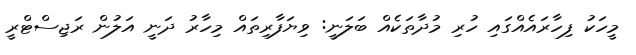
މީހަކު ފިހާރައެއްގައި ހުރި މުދާތަކެއް ބަލަނީ: ވިޔަފާރިތައް މިހާރު ދަނީ އަލުން ރަޖިސްޓްރީ